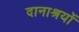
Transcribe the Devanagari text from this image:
दानाश्रयों